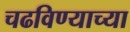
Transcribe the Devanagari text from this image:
चढविण्याच्या